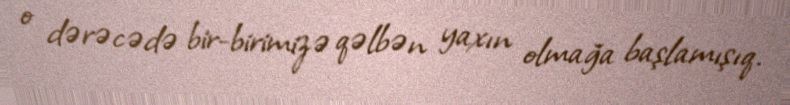
o dərəcədə bir-birimizə qəlbən yaxın olmağa başlamışıq.